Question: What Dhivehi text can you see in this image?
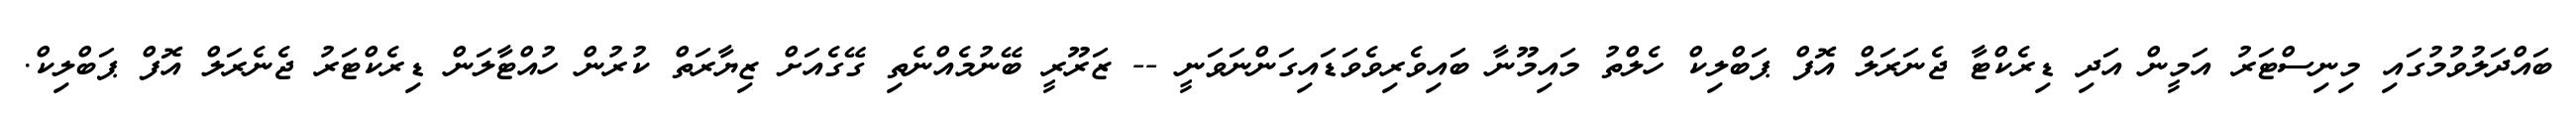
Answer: ބައްދަލުވުމުގައި މިނިސްޓަރު އަމީން އަދި ޑިރެކްޓާ ޖެނަރަލް އޮފް ޕަބްލިކް ހެލްތު މައިމޫނާ ބައިވެރިވެވަޑައިގަންނަވަނީ -- ޒަރޫރީ ބޭނުމެއްނެތި ގޭގެއަށް ޒިޔާރަތް ކުރުން ހުއްޓާލަން ޑިރެކްޓަރު ޖެނެރަލް އޮފް ޕަބްލިކް.